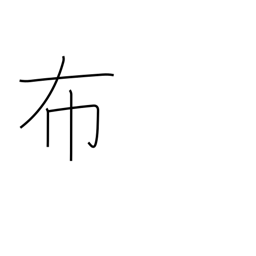
Meaning: spread